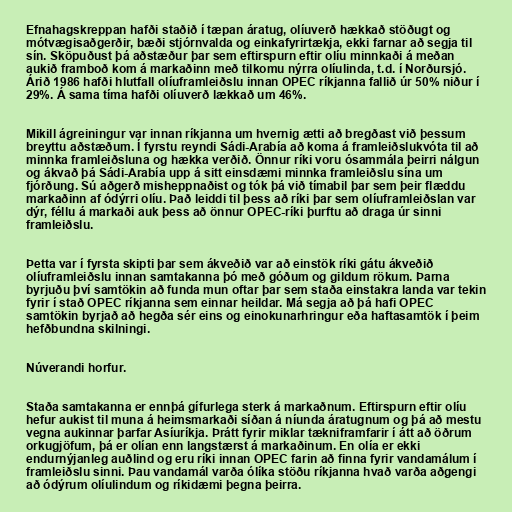
Efnahagskreppan hafði staðið í tæpan áratug, olíuverð hækkað stöðugt og
mótvægisaðgerðir, bæði stjórnvalda og einkafyrirtækja, ekki farnar að segja til
sín. Sköpuðust þá aðstæður þar sem eftirspurn eftir olíu minnkaði á meðan
aukið framboð kom á markaðinn með tilkomu nýrra olíulinda, t.d. í Norðursjó.
Árið 1986 hafði hlutfall olíuframleiðslu innan OPEC ríkjanna fallið úr 50% niður í
29%. Á sama tíma hafði olíuverð lækkað um 46%.

Mikill ágreiningur var innan ríkjanna um hvernig ætti að bregðast við þessum
breyttu aðstæðum. Í fyrstu reyndi Sádi-Arabía að koma á framleiðslukvóta til að
minnka framleiðsluna og hækka verðið. Önnur ríki voru ósammála þeirri nálgun
og ákvað þá Sádi-Arabía upp á sitt einsdæmi minnka framleiðslu sína um
fjórðung. Sú aðgerð misheppnaðist og tók þá við tímabil þar sem þeir flæddu
markaðinn af ódýrri olíu. Það leiddi til þess að ríki þar sem olíuframleiðslan var
dýr, féllu á markaði auk þess að önnur OPEC-ríki þurftu að draga úr sinni
framleiðslu.

Þetta var í fyrsta skipti þar sem ákveðið var að einstök ríki gátu ákveðið
olíuframleiðslu innan samtakanna þó með góðum og gildum rökum. Þarna
byrjuðu því samtökin að funda mun oftar þar sem staða einstakra landa var tekin
fyrir í stað OPEC ríkjanna sem einnar heildar. Má segja að þá hafi OPEC
samtökin byrjað að hegða sér eins og einokunarhringur eða haftasamtök í þeim
hefðbundna skilningi.

Núverandi horfur.

Staða samtakanna er ennþá gífurlega sterk á markaðnum. Eftirspurn eftir olíu
hefur aukist til muna á heimsmarkaði síðan á níunda áratugnum og þá að mestu
vegna aukinnar þarfar Asíuríkja. Þrátt fyrir miklar tækniframfarir í átt að öðrum
orkugjöfum, þá er olían enn langstærst á markaðinum. En olía er ekki
endurnýjanleg auðlind og eru ríki innan OPEC farin að finna fyrir vandamálum í
framleiðslu sinni. Þau vandamál varða ólíka stöðu ríkjanna hvað varða aðgengi
að ódýrum olíulindum og ríkidæmi þegna þeirra.